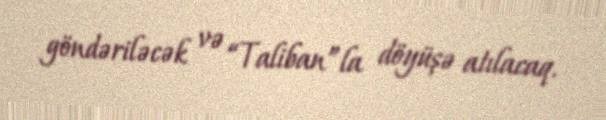
göndəriləcək və “Taliban”la döyüşə atılacaq.